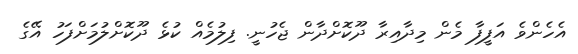
އެހެންވެ އަފީފާ މެން މިދާއިރާ ދޫކޮށްދާން ޖެހުނީ. ފިލުމެއް ކުޅެ ދޫކޮށްލުމަށްފަހު އޭގެ